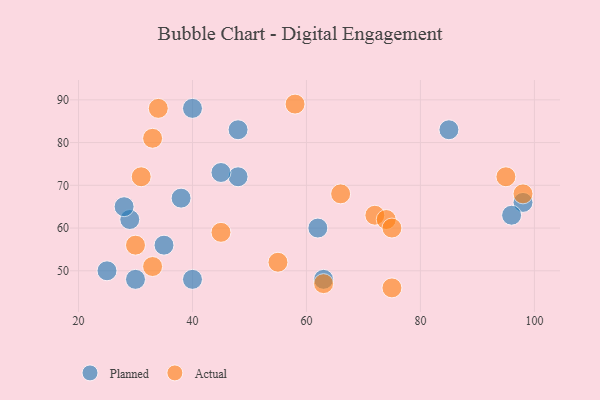
{"axis": {"x": "GDP", "y": "Life Expectancy"}, "legend": ["Actual", "Planned"], "data": [{"x": "48", "y": 72, "type": "Planned"}, {"x": "40", "y": 48, "type": "Planned"}, {"x": "63", "y": 48, "type": "Planned"}, {"x": "29", "y": 62, "type": "Planned"}, {"x": "38", "y": 67, "type": "Planned"}, {"x": "48", "y": 83, "type": "Planned"}, {"x": "25", "y": 50, "type": "Planned"}, {"x": "30", "y": 48, "type": "Planned"}, {"x": "40", "y": 88, "type": "Planned"}, {"x": "28", "y": 65, "type": "Planned"}, {"x": "45", "y": 73, "type": "Planned"}, {"x": "98", "y": 66, "type": "Planned"}, {"x": "35", "y": 56, "type": "Planned"}, {"x": "96", "y": 63, "type": "Planned"}, {"x": "62", "y": 60, "type": "Planned"}, {"x": "85", "y": 83, "type": "Planned"}, {"x": "58", "y": 89, "type": "Actual"}, {"x": "31", "y": 72, "type": "Actual"}, {"x": "72", "y": 63, "type": "Actual"}, {"x": "95", "y": 72, "type": "Actual"}, {"x": "75", "y": 46, "type": "Actual"}, {"x": "98", "y": 68, "type": "Actual"}, {"x": "74", "y": 62, "type": "Actual"}, {"x": "66", "y": 68, "type": "Actual"}, {"x": "63", "y": 47, "type": "Actual"}, {"x": "30", "y": 56, "type": "Actual"}, {"x": "45", "y": 59, "type": "Actual"}, {"x": "33", "y": 51, "type": "Actual"}, {"x": "33", "y": 81, "type": "Actual"}, {"x": "34", "y": 88, "type": "Actual"}, {"x": "75", "y": 60, "type": "Actual"}, {"x": "55", "y": 52, "type": "Actual"}]}